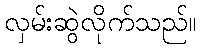
လှမ်းဆွဲလိုက်သည်။